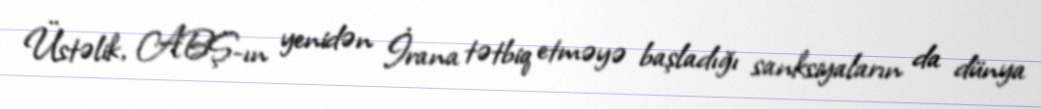
Üstəlik, ABŞ-ın yenidən İrana tətbiq etməyə başladığı sanksiyaların da dünya